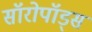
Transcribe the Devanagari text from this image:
सॉरोपॉड्स